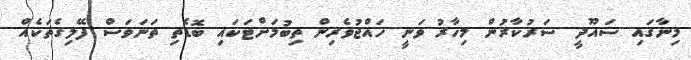
މިނާގައި ސައޫދީ ސަރުކާރުން މިހާރު ވަނީ ހައްޖުވެރިން ތިބުމަށްޓަކައި ބޮޑެތި ތަނަވަސް ފޭލިގެތަކެއް